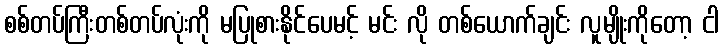
စစ်တပ်ကြီးတစ်တပ်လုံးကို မပြုစားနိုင်ပေမင့် မင်း လို တစ်ယောက်ချင်း လူမျိုးကိုတော့ ငါ